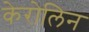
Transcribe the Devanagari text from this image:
केरोलिन